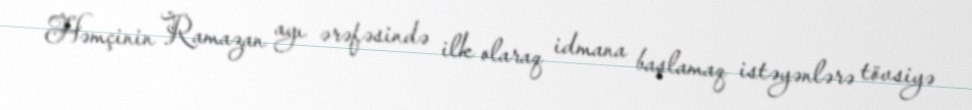
Həmçinin Ramazan ayı ərəfəsində ilk olaraq idmana başlamaq istəyənlərə tövsiyə